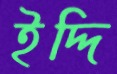
ইদ্দি